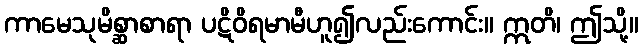
ကာမေသုမိစ္ဆာစာရာ ပဋိဝိရမာမီဟူ၍လည်းကောင်း။ ဣတိ၊ ဤသို့။